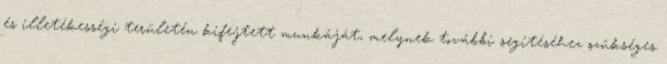
és illetékességi területén kifejtett munkáját, melynek további segítéséhez szükséges